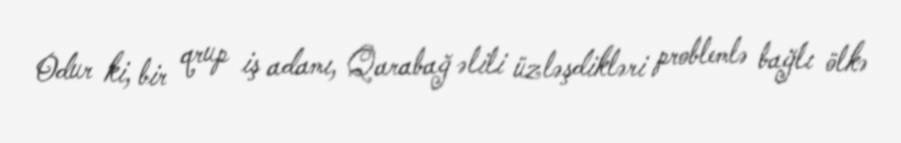
Odur ki, bir qrup iş adamı, Qarabağ əlili üzləşdikləri problemlə bağlı ölkə